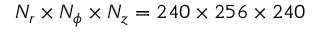
N _ { r } \times N _ { \phi } \times N _ { z } = 2 4 0 \times 2 5 6 \times 2 4 0